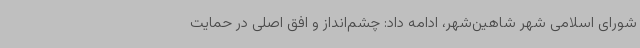
شورای اسلامی شهر شاهین‌شهر، ادامه داد: چشم‌انداز و افق اصلی در حمایت